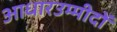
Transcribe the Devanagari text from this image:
आधारउम्मीदों